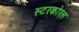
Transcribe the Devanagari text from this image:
स्टरकोरल